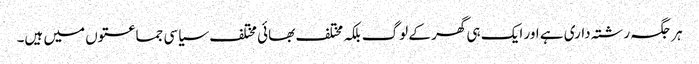
ہر جگہ رشتہ داری ہے اور ایک ہی گھر کے لوگ بلکہ مختلف بھائی مختلف سیاسی جماعتوں میں ہیں۔